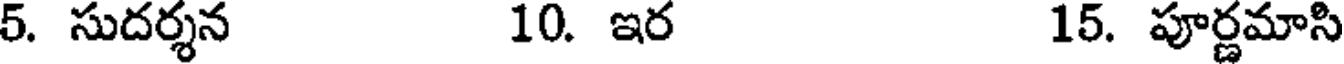
5. సుదర్శన 10. ఇర 15. పూర్ణమాసి